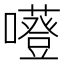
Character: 𡃻